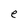
Character: e